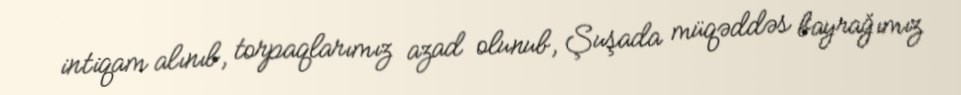
intiqam alınıb, torpaqlarımız azad olunub, Şuşada müqəddəs bayrağımız